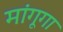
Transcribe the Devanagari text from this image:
मांगूगा